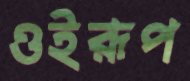
ওইরূপ